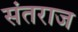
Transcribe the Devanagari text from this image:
संतराज